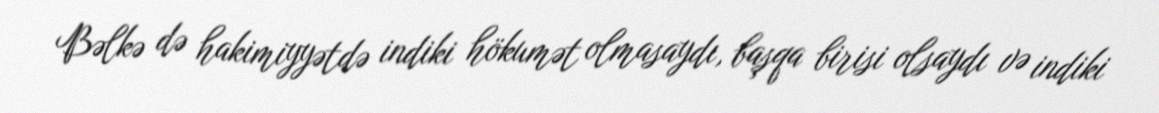
Bəlkə də hakimiyyətdə indiki hökumət olmasaydı, başqa birisi olsaydı və indiki